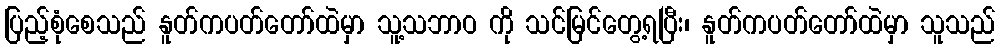
ပြည့်စုံစေသည် နူတ်ကပတ်တော်ထဲမှာ သူ့သဘာဝ ကို သင်မြင်တွေ့ရပြီး၊ နူတ်ကပတ်တော်ထဲမှာ သူသည်